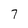
Character: 7